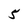
Character: 5